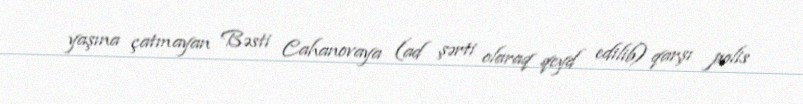
yaşına çatmayan Bəsti Cahanovaya (ad şərti olaraq qeyd edilib) qarşı polis